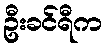
ဦးခင်ရီက